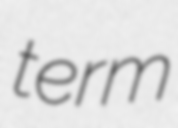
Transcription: term